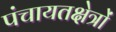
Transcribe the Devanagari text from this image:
पंचायतक्षेत्रों